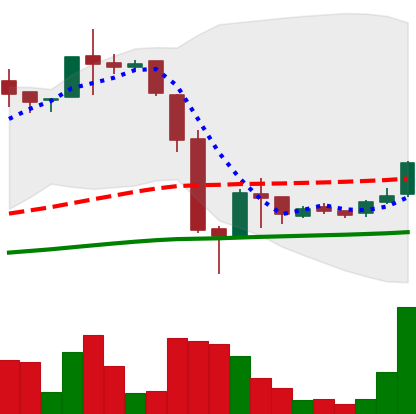
Ticker: LTC-USD
Chart end date: 2016-07-02
Forward return: -10.415%
Label: down_7plus